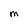
Character: M